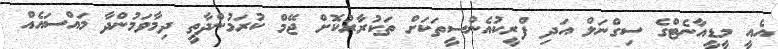
އެއީ މީޑީއާނެޓްގެ ސިގްނަލް އަދި ފްރީކުއެންސީތަކަށް ތަކުރާރުކޮށް ޖޭމް ކުރަމުންދާތީ ދިމާވަމުންދާ މައްސައެއް